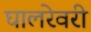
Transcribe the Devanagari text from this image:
घालरेवरी